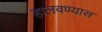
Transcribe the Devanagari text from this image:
हालवण्यास